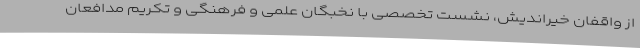
از واقفان خیراندیش، نشست تخصصی با نخبگان علمی و فرهنگی و تکریم مدافعان